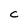
Character: C